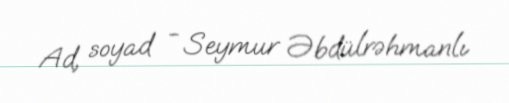
Ad, soyad - Seymur Əbdülrəhmanlı